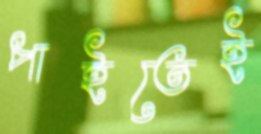
পাইতেই